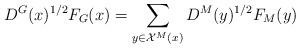
LaTeX: \begin{align*}\displaystyle D^G(x)^{1/2}F_G(x)=\sum_{y\in\mathcal{X}^M(x)} D^M(y)^{1/2} F_M(y)\end{align*}